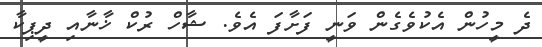
ދެ މީހުން އެކުވެގެން ވަނީ ފަށާފަ އެވެ. ޝާހް ރުކް ޚާނާއި ދީޕިކާ